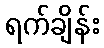
ရက်ချိန်း